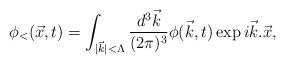
\begin{align*}\phi_<(\vec x, t) = \int_{\vert \vec k\vert < \Lambda} {d^3\vec k\over{(2 \pi)^3}} \phi(\vec k, t) \exp{i \vec k . \vec x},\end{align*}